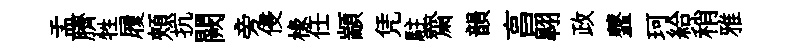
盂臍牲履頰抗闕旁侵椽任顓凭駐齋韻亯翺政虀珂給稍雅